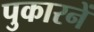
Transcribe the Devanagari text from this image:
पुकारनें